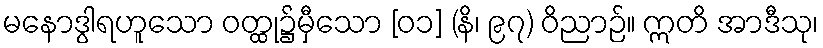
မနောဒွါရဟူသော ဝတ္ထု၌မှီသော [၀၁] (နိ၊ ၉၇) ဝိညာဉ်။ ဣတိ အာဒီသု၊